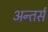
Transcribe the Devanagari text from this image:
अन्तर्स